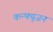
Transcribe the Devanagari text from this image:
कन्फ्यूज़न